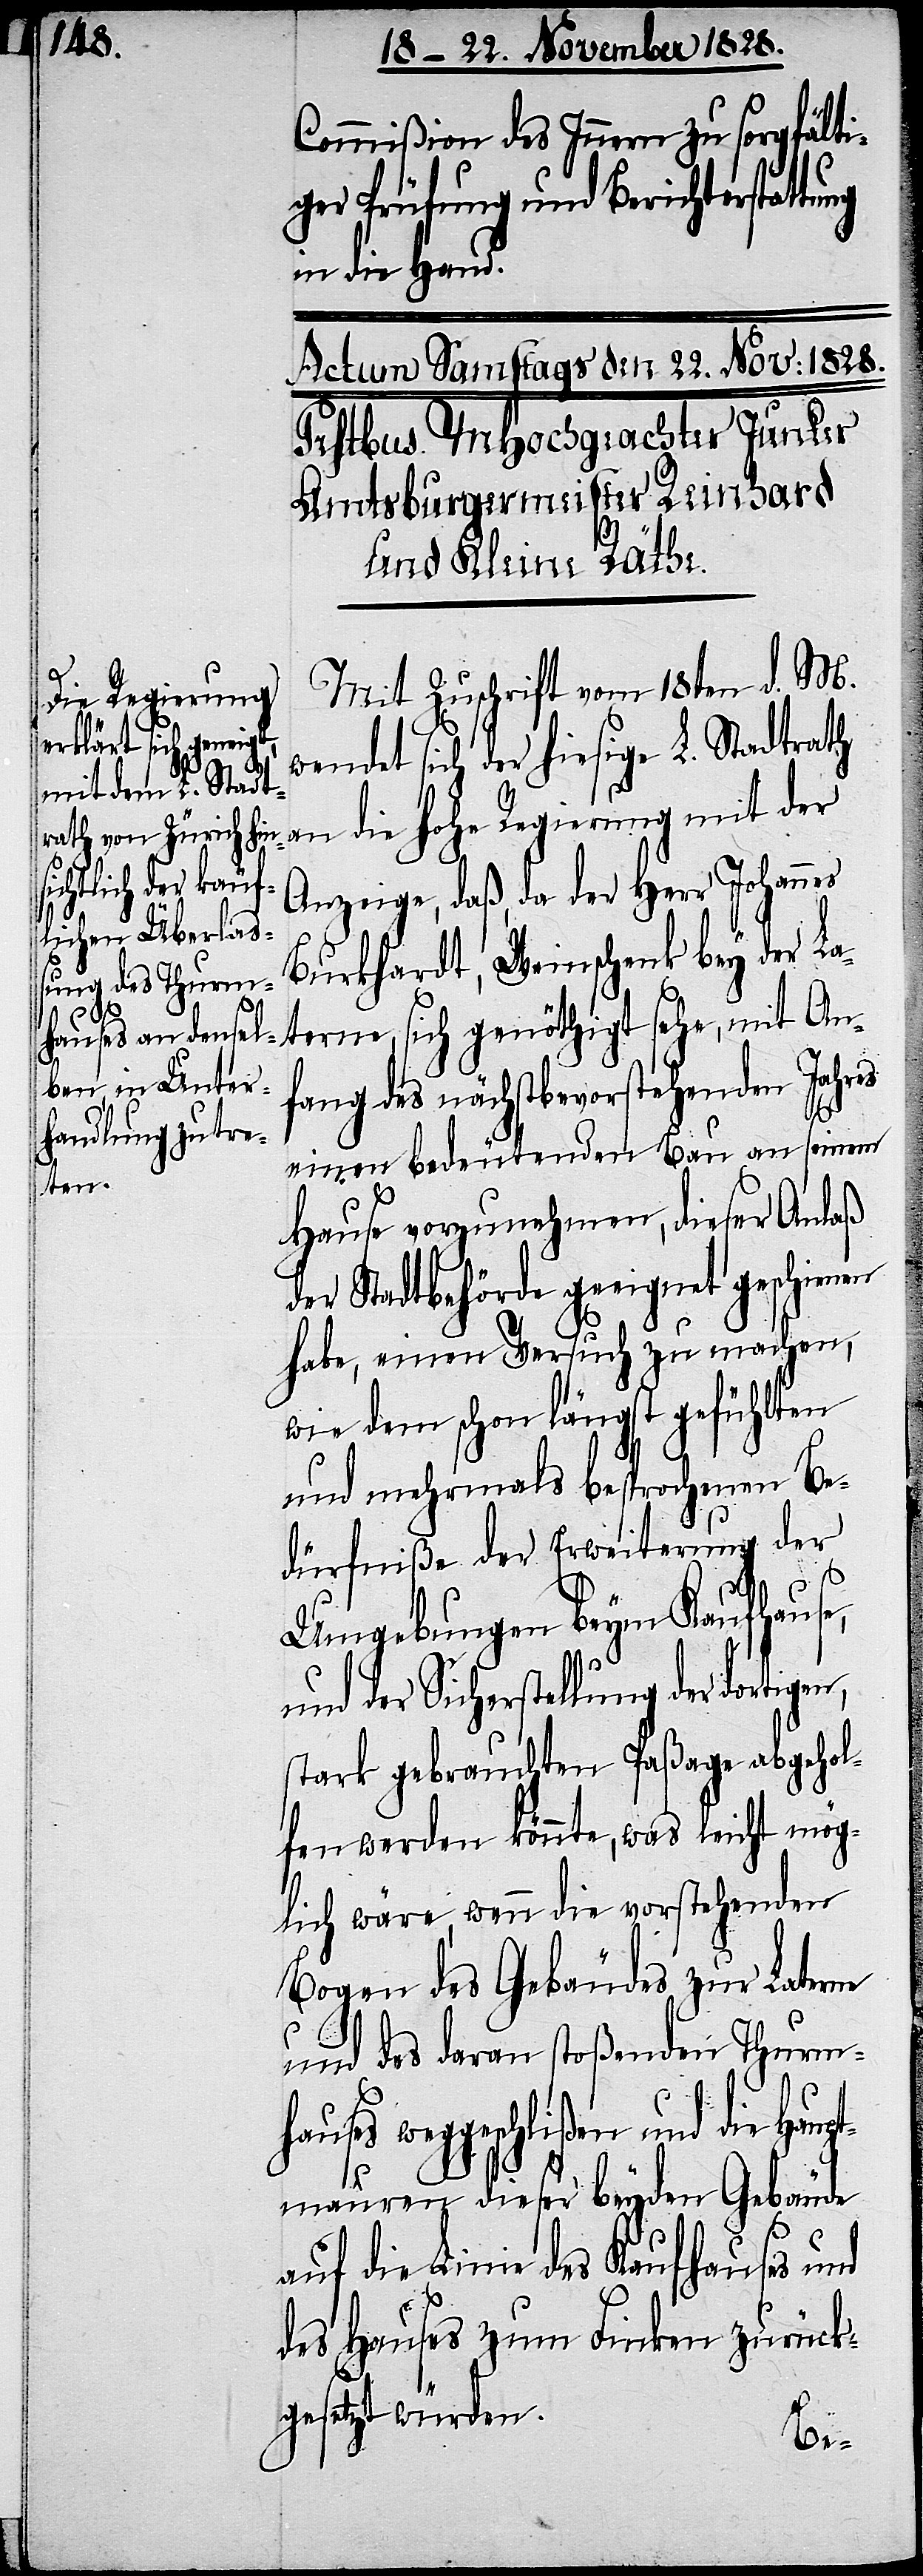
Commißion des Innern zu sorgfälti¬
ger Prüfung und Berichterstatt¬
in die Hand.
Mit Zuschrift vom 18ten d. M.
wendet sich der hiesige L. Stadtrath
an die hohe Regierung mit der
Anzeige, daß, da der Herr Johannes
Burkardt, Weinschenk bey der La¬
fang des nächstbevorstehenden Jahres
einen bedeutenden Bau an seinem
terne,
Hause vorzunehmen, dieser Anlaß
der Stadtbehörde geeignet geschienen
habe, einen Versuch zu machen,
wie dem schon längst gefühlten
An¬
und mehrmals besprochenen Be¬
dürfniße der Erweiterung der
Umgebungen beym Kaufhause,
und der Sicherstellung der dortigen,
stark gebrauchten Paßage abgehol¬
fen werden könnte, was leicht mög¬
lich wäre, wenn die vorstehenden
Bogen des Gebäudes zur Laterne
und des daran stoßenden Thurmh¬
auses weggeschlißen und die Haup¬
tmauren dieser beyden Gebäude
auf die Linie des Kaufhauses und
des Hauses zum Finken zurück¬
gesetzt würden.